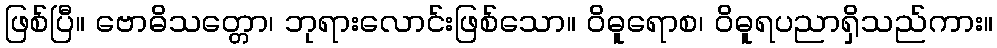
ဖြစ်ပြီ။ ဗောဓိသတ္တော၊ ဘုရားလောင်းဖြစ်သော။ ဝိဓူရောစ၊ ဝိဓူရပညာရှိသည်ကား။